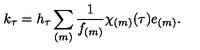
k _ { \tau } = h _ { \tau } \sum _ { ( m ) } \frac { 1 } { f _ { ( m ) } } \chi _ { ( m ) } ( \tau ) e _ { ( m ) } .